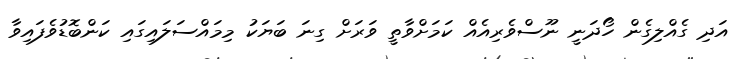
އަދި ގެއްލިގެން ހޯދަނީ ނޫސްވެރިއެއް ކަމަށްވާތީ ވަރަށް ގިނަ ބަޔަކު މިމައްސަލައިގައި ކަންބޮޑުވެފައިވާ